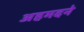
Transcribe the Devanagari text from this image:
अहमदने